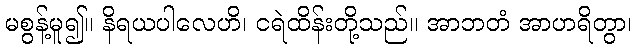
မစွန့်မူ၍။ နိရယပါလေဟိ၊ ငရဲထိန်းတို့သည်။ အာဘတံ အာဟရိတွာ၊